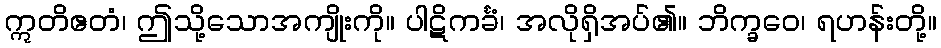
ဣတိဧတံ၊ ဤသို့သောအကျိုးကို။ ပါဋိကင်္ခံ၊ အလိုရှိအပ်၏။ ဘိက္ခဝေ၊ ရဟန်းတို့။